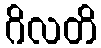
ဂိလတိ